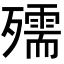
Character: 𭮥